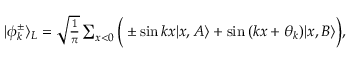
\begin{array} { r } { | \phi _ { k } ^ { \pm } \rangle _ { L } = \sqrt { \frac { 1 } { \pi } } \sum _ { x < 0 } \Big ( \pm \sin { k x } | x , A \rangle + \sin { ( k x + \theta _ { k } ) } | x , B \rangle \Big ) , } \end{array}